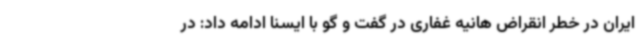
ایران در خطر انقراض هانیه غفاری در گفت و گو با ایسنا ادامه داد: در